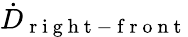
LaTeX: \dot{D}_{\mathrm{~r~i~g~h~t~-~f~r~o~n~t~}}